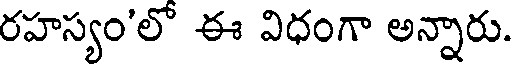
రహస్యం'లో ఈ విధంగా అన్నారు.